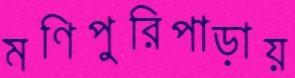
মণিপুরিপাড়ায়